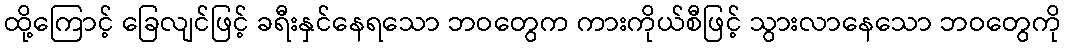
ထို့ကြောင့် ခြေလျင်ဖြင့် ခရီးနှင်နေရသော ဘဝတွေက ကားကိုယ်စီဖြင့် သွားလာနေသော ဘဝတွေကို